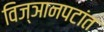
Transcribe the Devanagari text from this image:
विज्ञानपटांत